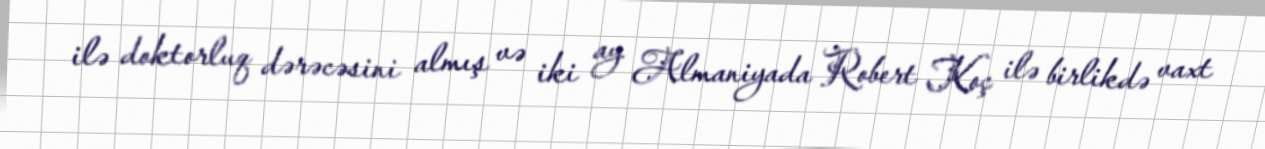
ilə doktorluq dərəcəsini almış və iki ay Almaniyada Robert Koç ilə birlikdə vaxt